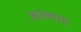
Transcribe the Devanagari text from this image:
आत्माए